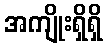
အကျိုးရှိရှိ